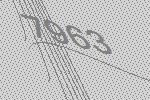
7963